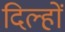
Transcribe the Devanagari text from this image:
दिल्हों